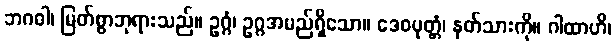
ဘဂဝါ၊ မြတ်စွာဘုရားသည်။ ဥဂ္ဂံ၊ ဥဂ္ဂအမည်ရှိသော။ ဒေဝပုတ္တံ၊ နတ်သားကို။ ဂါထာဟိ၊